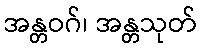
အန္တဝဂ်၊ အန္တသုတ်